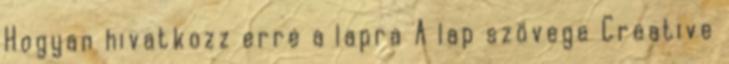
Hogyan hivatkozz erre a lapra A lap szövege Creative